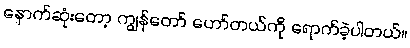
နောက်ဆုံးတော့ ကျွန်တော် ဟော်တယ်ကို ရောက်ခဲ့ပါတယ်။